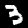
Digit: 3